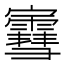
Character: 𫴤